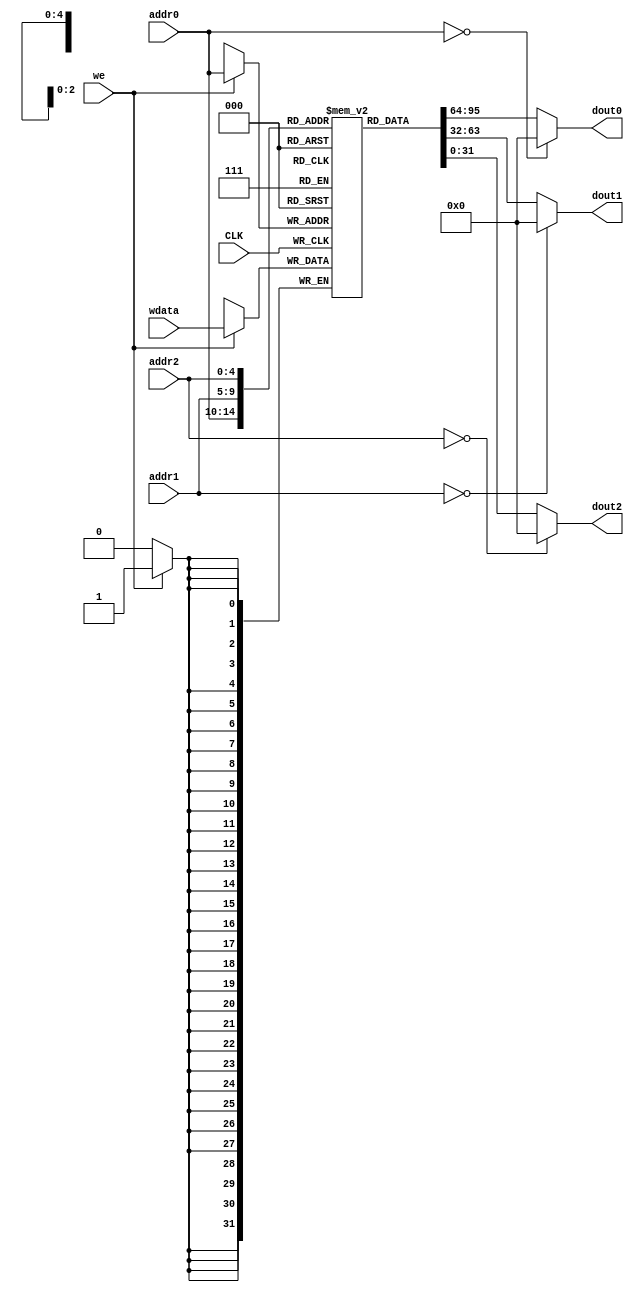
module RegisterFile (
    input wire [4:0] addr0,
    input wire [4:0] addr1,
    input wire [4:0] addr2,
    output wire [31:0] dout0,
    output wire [31:0] dout1,
    output wire [31:0] dout2,
    input wire we,
    input wire [31:0] wdata,
    input wire CLK);

    reg [31:0] RF [0:31];
    assign dout0 = (addr0 == 0) ? 32'd0 : RF[addr0];
    assign dout1 = (addr1 == 0) ? 32'd0 : RF[addr1];
    assign dout2 = (addr2 == 0) ? 32'd0 : RF[addr2];
    always @(posedge CLK) begin
        if (we) RF[addr0] <= wdata;
    end
endmodule